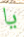
يا